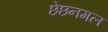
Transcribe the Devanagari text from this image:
छेछनमल